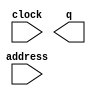
module ROM_User_ID_Module (
	address,
	clock,
	q);

	input	[2:0]  address;
	input	  clock;
	output	[15:0]  q;
`ifndef ALTERA_RESERVED_QIS
// synopsys translate_off
`endif
	tri1	  clock;
`ifndef ALTERA_RESERVED_QIS
// synopsys translate_on
`endif

endmodule